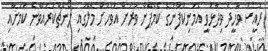
ރައީސް ވަހީދު ވިދާޅުވީ އެމަނިކުފާނުގެ ކެމްޕޭން ވަރަށް އަވަހަށް މާލޭގައި ލޯންޗްކުރައްވާނެ ކަމަށާއި